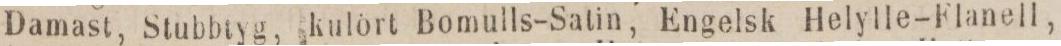
Damast, Stubbtyg, kulört Bomulls-Satin, Engelsk Helylle-Flanell,